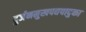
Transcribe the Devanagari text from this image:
दुर्जनमुखपद्यपादुका